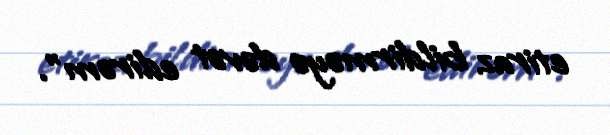
etiraz bildirməyə dəvət edirəm”.